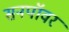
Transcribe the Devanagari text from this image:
सनपॉवर